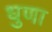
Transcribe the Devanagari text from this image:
धुणा